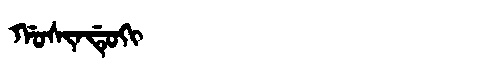
Manchu: ᡤᠣᠰᡳᠨᡩᡠᡴᡳ
Romanization: GOSINDUKI